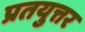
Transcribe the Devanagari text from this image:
प्रतयुत्तर